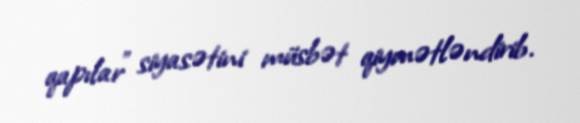
qapılar” siyasətini müsbət qiymətləndirib.